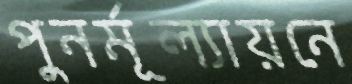
পুনর্মূল্যায়নে